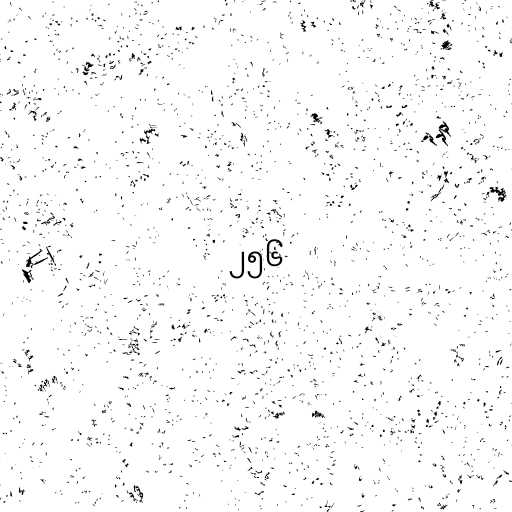
၂၅၆